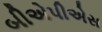
બીએપીએસ